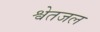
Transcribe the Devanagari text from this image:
श्वेतजल